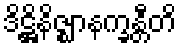
ဒိဋ္ဌိနိဇ္ဈာနက္ခန္တီတိ